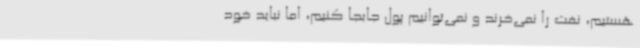
هستیم، نفت را نمی‌خرند و نمی‌توانیم پول جابجا کنیم، اما نباید خود